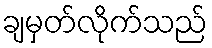
ချမှတ်လိုက်သည်